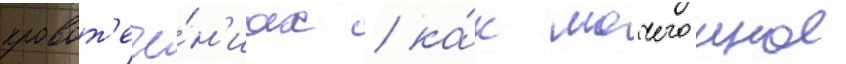
кровот'ече́н'иах / ка́к мочегонное